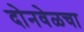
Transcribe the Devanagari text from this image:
दोनवेळचा